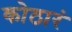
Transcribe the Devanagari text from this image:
कोठारं